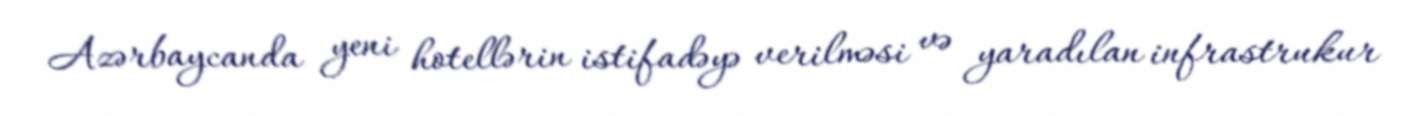
Azərbaycanda yeni hotellərin istifadəyə verilməsi və yaradılan infrastrukur